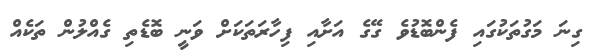
ގިނަ މަގުތަކުގައި ފެންބޮޑުވެ ގޭގެ އަށާއި ފިހާރަތަކަށް ވަނީ ބޮޑެތި ގެއްލުން ތަކެއް